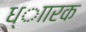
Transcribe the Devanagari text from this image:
ध्ाारक